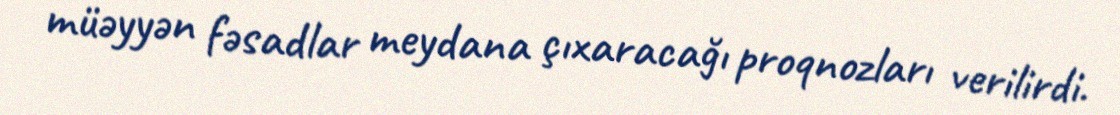
müəyyən fəsadlar meydana çıxaracağı proqnozları verilirdi.